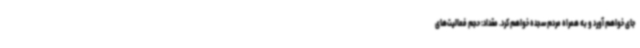
جای خواهم آورد و به همراه مردم سجده خواهم کرد. مقداد: حجم فعالیت‌های